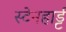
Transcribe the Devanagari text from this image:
स्टेनहार्ड्ट